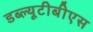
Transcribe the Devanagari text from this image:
डब्ल्यूटीबीएस